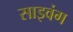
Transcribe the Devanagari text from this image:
साइवंग